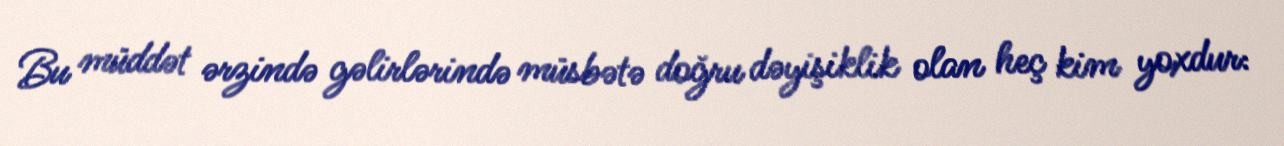
Bu müddət ərzində gəlirlərində müsbətə doğru dəyişiklik olan heç kim yoxdur: